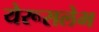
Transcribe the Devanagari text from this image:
येरूसलेभ